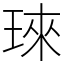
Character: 琜